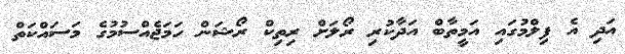
އަދި އެ ފިލްމުގައި އަމީތާބް އަދާކުރި ރޯލަށް ރިތިކް ރޯޝަން ހަމަޖެއްސުމުގެ މަސައްކަތް